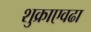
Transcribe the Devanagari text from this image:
शुक्राएवढा